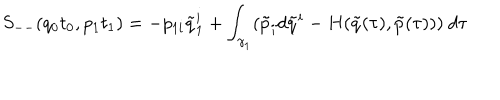
S _ { -- } ( q _ { 0 } t _ { 0 } , p _ { 1 } t _ { 1 } ) = - p _ { 1 i } \tilde { q } _ { 1 } ^ { i } + \int _ { \gamma _ { 1 } } ( \tilde { p } _ { i } d \tilde { q } ^ { i } - H ( \tilde { q } ( \tau ) , \tilde { p } ( \tau ) ) ) \ d \tau